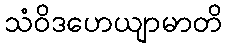
သံဝိဒဟေယျာမာတိ